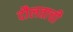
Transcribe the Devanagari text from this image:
दौलताची